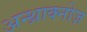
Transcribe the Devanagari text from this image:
अन्थ्राक्नोज़